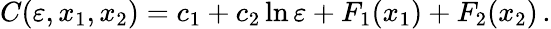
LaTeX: C(\varepsilon,x_{1},x_{2})=c_{1}+c_{2}\ln\varepsilon+F_{1}(x_{1})+F_{2}(x_{2})\, .